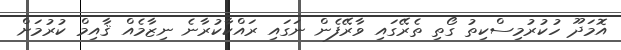
އޮމަދޫ ހުކުރުމިސްކިތު ގޯތި ތެރޭގައި ވާރޭފެން ނަގައި ރައްކާކުރާނެ ނިޒާމެއް ޤާއިމް ކުރުމަށް